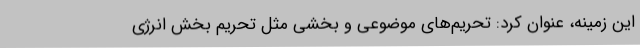
این زمینه، عنوان کرد:‌ تحریم‌های موضوعی و بخشی مثل تحریم بخش انرژی